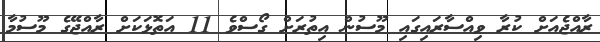
ރާއްޖެއަށް ކުރާ ވިއްސާރައިގައި މޫސުން އިތުރަށް ގޯސްވެ 11 އަތޮޅަކަށް ރާއްޖޭގެ މޫސުމާ